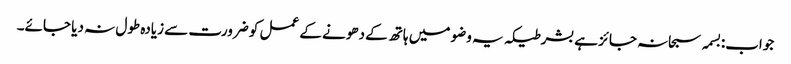
جواب:بسمہ سبحانہ جائز ہے بشرطیکہ یہ وضو میں ہاتھ کے دھونے کے عمل کو ضرورت سے زیادہ طول نہ دیا جائے۔